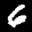
Label: 6